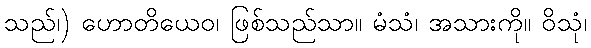
သည်၊) ဟောတိယေဝ၊ ဖြစ်သည်သာ။ မံသံ၊ အသားကို။ ဝိသုံ၊